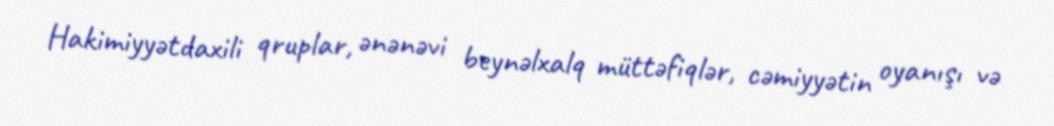
Hakimiyyətdaxili qruplar, ənənəvi beynəlxalq müttəfiqlər, cəmiyyətin oyanışı və